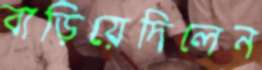
বাড়িয়েদিলেন